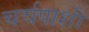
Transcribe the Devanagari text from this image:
चर्चपाशी